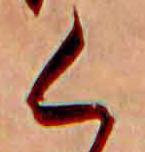
く